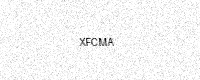
Text: XFCMA